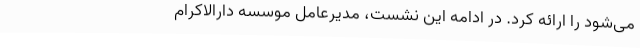
می‌شود را ارائه کرد. در ادامه این نشست، مدیرعامل موسسه دارالاکرام